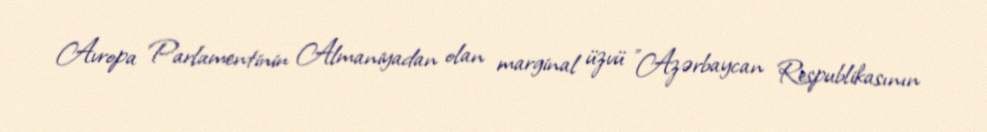
Avropa Parlamentinin Almaniyadan olan marginal üzvü "Azərbaycan Respublikasının